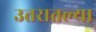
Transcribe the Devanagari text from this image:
उत्तरातल्या